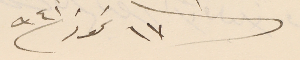
فى ١٧ تموز سنة ٩٤١